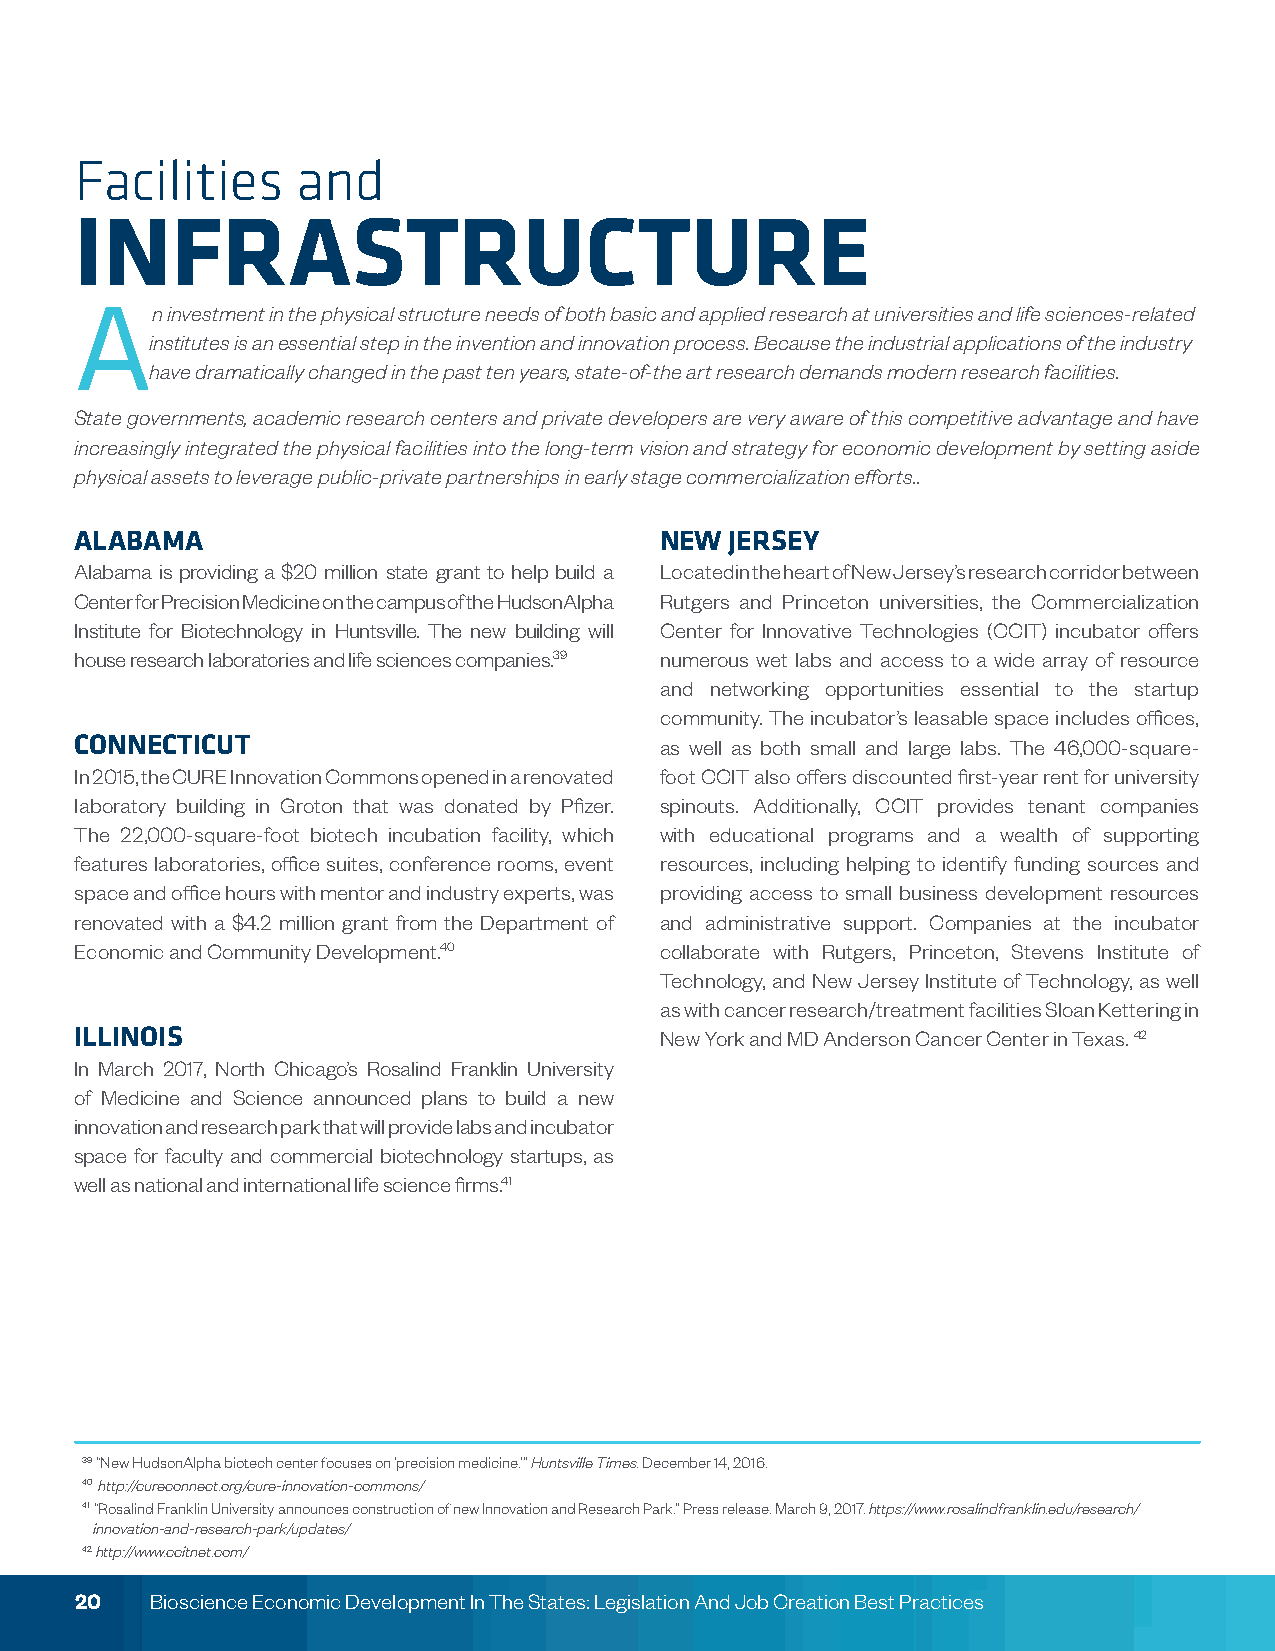
Facilities     and
 INFRASTRUCTURE
 An    investment in the physical structure needs of both basic and applied research at universities and life sciences-related
 institutes is an essential step in the invention and innovation process. Because the industrial applications of the industry
 have dramatically changed in the past ten years, state-of-the art research demands modern research facilities.
 State governments, academic research centers and private developers are very aware of this competitive advantage and have
 increasingly integrated the physical facilities into the long-term vision and strategy for economic development by setting aside
 physical assets to leverage public-private partnerships in early stage commercialization efforts..
 ALABAMA                                NEW JERSEY
 Alabama is providing a $20 million state grant to help build a Located in the heart of New Jersey’s research corridor between
 Center for Precision Medicine on the campus of the HudsonAlpha Rutgers and Princeton universities, the Commercialization
 Institute for Biotechnology in Huntsville. The new building will Center for Innovative Technologies (CCIT) incubator offers
 house research laboratories and life sciences companies.39 numerous wet labs and access to a wide array of resource
 and networking opportunities essential to the startup
 community. The incubator’s leasable space includes offices,
 CONNECTICUT                            as well as both small and large labs. The 46,000-square-
 In 2015, the CURE Innovation Commons opened in a renovated foot CCIT also offers discounted first-year rent for university
 laboratory building in Groton that was donated by Pfizer. spinouts. Additionally, CCIT provides tenant companies
 The 22,000-square-foot biotech incubation facility, which with educational programs and a wealth of supporting
 features laboratories, office suites, conference rooms, event resources, including helping to identify funding sources and
 space and office hours with mentor and industry experts, was providing access to small business development resources
 renovated with a $4.2 million grant from the Department of and administrative support. Companies at the incubator
 Economic and Community Development.40  collaborate with Rutgers, Princeton, Stevens Institute of
 Technology, and New Jersey Institute of Technology, as well
 as with cancer research/treatment facilities Sloan Kettering in
 ILLINOIS                               New York and MD Anderson Cancer Center in Texas. 42
 In March 2017, North Chicago’s Rosalind Franklin University
 of Medicine and Science announced plans to build a new
 innovation and research park that will provide labs and incubator
 space for faculty and commercial biotechnology startups, as
 well as national and international life science firms.41
 39 “New HudsonAlpha biotech center focuses on ‘precision medicine.’” Huntsville Times. December 14, 2016.
 40 http://cureconnect.org/cure-innovation-commons/
 41 “Rosalind Franklin University announces construction of new Innovation and Research Park.” Press release. March 9, 2017. https://www.rosalindfranklin.edu/research/
 innovation-and-research-park/updates/
 42 http://www.ccitnet.com/
 20   Bioscience Economic Development In The States: Legislation And Job Creation Best Practices